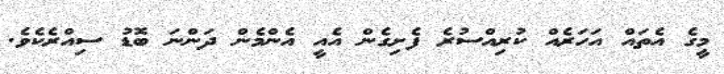
މީގެ އެތައް އަހަރެއް ކުރިއްސުރެ ފެށިގެން އެއީ އެންމެން ދަންނަ ބޮޑު ސިއްރެކެވެ.